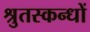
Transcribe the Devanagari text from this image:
श्रुतस्कन्धों